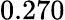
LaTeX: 0.270